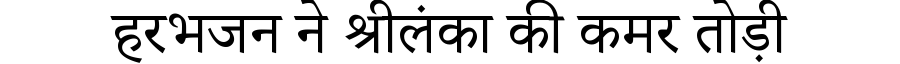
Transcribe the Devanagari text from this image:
हरभजन ने श्रीलंका की कमर तोड़ी